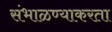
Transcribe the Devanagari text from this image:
संभाळण्याकरता